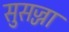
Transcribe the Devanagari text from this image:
सुसज्जा